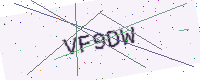
Text: VF9DW